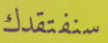
سنفتقدك